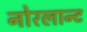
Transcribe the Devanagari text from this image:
नोरलान्ट